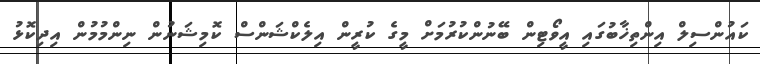
ކައުންސިލް އިންތިޚާބުގައި އީވޯޓިން ބޭނުންކުރުމަށް މީގެ ކުރީން އިލެކްޝަންސް ކޮމިޝަނުން ނިންމުމުން އިދިކޮޅު